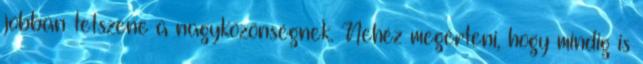
jobban tetszene a nagyközönségnek. Nehéz megérteni, hogy mindig is